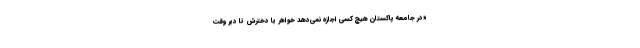
«در جامعه پاکستان هیچ کسی اجازه نمی‌دهد خواهر یا دخترش تا دیر وقت